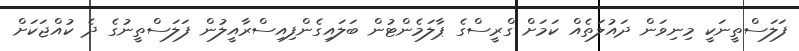
ފަލަސްތީނަކީ މިނިވަން ދައުލަތެއް ކަމަށް ގްރީސްގެ ޕާލަމެންޓުން ބަލައިގެންފިއިސްރާއީލުން ފަލަސްތީނުގެ ދެ ކުއްޖަކަށް